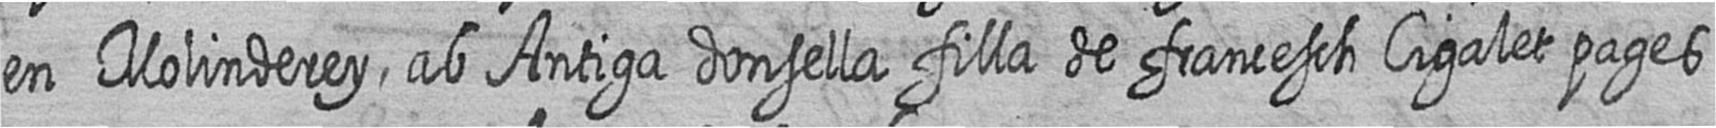
en Molinderey ab Antiga donsella filla de francesch Cigalet pages